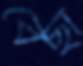
বেছা